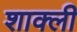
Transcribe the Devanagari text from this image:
शाक्ली